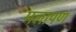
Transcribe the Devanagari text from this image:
मलापण